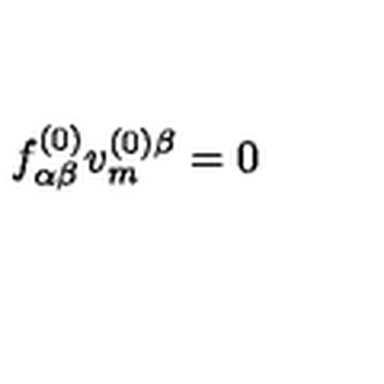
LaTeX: f _ { \alpha \beta } ^ { ( 0 ) } v _ { m } ^ { ( 0 ) \beta } = 0